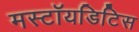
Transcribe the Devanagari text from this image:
मस्टॉयडिटिस